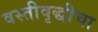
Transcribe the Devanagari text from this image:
वस्तीवृद्धीचा